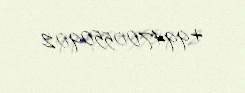
+994700550902